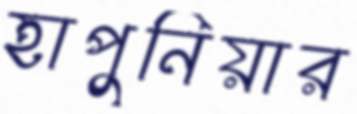
হাপুনিয়ার